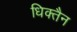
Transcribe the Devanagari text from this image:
धिक्तैन